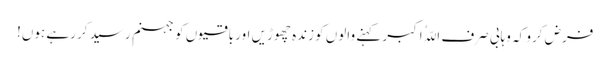
فرض کرو کہ وہابی صرف اللّہُ اکبر کہنے والوں کو زندہ چھوڑیں اور باقیوں کو جہنم رسید کر رہے ہوں!